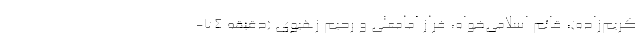
کریم‌زاده)، قائم اسلامی‌خواه، فراز امامعلی و رحیم زهیوی (دقیقه ۷۴-